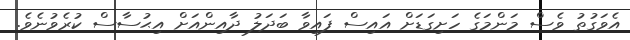
އެވަގުތު ވެސް މަންމަގެ ހަށިގަޑަށް އައިސް ފައިވާ ބަދަލު ދާއިންއަށް އިޙުސާސް ކުރެވުނެވެ.